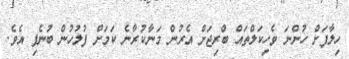
ހިލާފަށް ހުންނަ ވެހިކަލްތައް ބްރިޖަށް އެރުން މަނާކުރާނެ ކަމަށް ފުލުހުން ބުނެފި އެވެ.